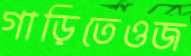
গাড়িতেওজ